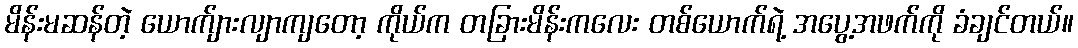
မိန်းမဆန်တဲ့ ယောက်ျားလျာကျတော့ ကိုယ်က တခြားမိန်းကလေး တစ်ယောက်ရဲ့ အပွေ့အဖက်ကို ခံချင်တယ်။